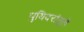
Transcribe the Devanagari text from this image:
पुयिदरांतूले